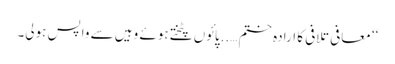
‘‘ معافی تلافی کا ارادہ ختم …..پائوں پٹختے ہوئے وہیں سے واپس ہولی۔